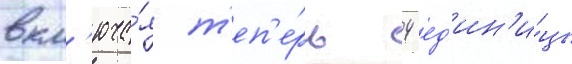
вкл'юча́я т'еп'е́рь 4 ед'ин'и́цы